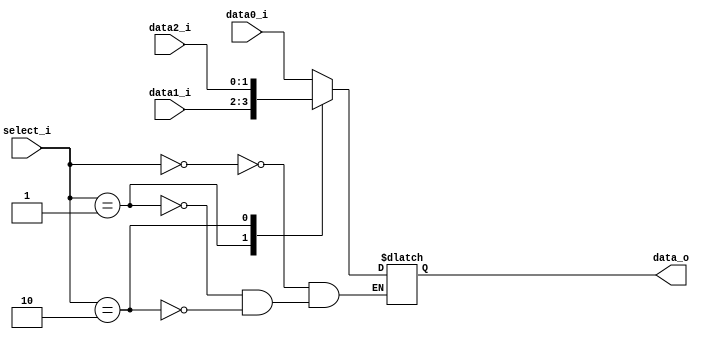

module MUX_3to1(
    data0_i,
    data1_i,
    data2_i,
    select_i,
    data_o
    );

parameter size = 0;

//I/O ports
input   [size-1:0] data0_i;
input   [size-1:0] data1_i;
input   [size-1:0] data2_i;
input   [1:0]  select_i;
output  [size-1:0] data_o;

//Internal Signals
reg     [size-1:0] data_o;

always @( * )
begin
    case ( select_i )
        2'b00: data_o = data0_i;
        2'b01: data_o = data1_i;
        2'b10: data_o = data2_i;
    endcase
end

endmodule